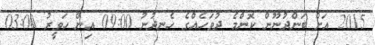
2015 އަށް ބަންދުނޫން ކޮންމެ ދުވަހެއްގެ ހެނދުނު 09:00 އިން ހަވީރު 03:00